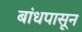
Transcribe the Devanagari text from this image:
बांधपासून